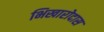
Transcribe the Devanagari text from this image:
भिखारोदास